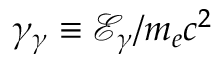
\gamma _ { \gamma } \equiv \mathcal { E } _ { \gamma } / m _ { e } c ^ { 2 }